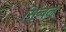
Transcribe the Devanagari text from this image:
सिब्‍बल